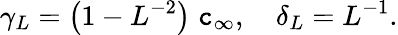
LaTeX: \gamma_{L}=\left(1-L^{-2}\right)\; \mathtt{c}_{\infty},\quad\delta_{L}=L^{-1}.